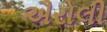
ઐરોલી